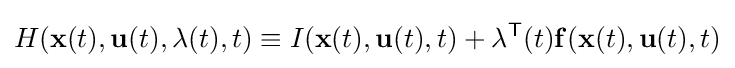
H(\mathbf {x} (t),\mathbf {u} (t),\mathbf {\lambda } (t),t)\equiv I(\mathbf {x} (t),\mathbf {u} (t),t)+\mathbf {\lambda } ^{\mathsf {T}}(t)\mathbf {f} (\mathbf {x} (t),\mathbf {u} (t),t)